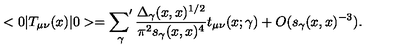
< 0 | T _ { \mu \nu } ( x ) | 0 > = \mathop { { \sum } ^ { \prime } } _ { \gamma } { \frac { \Delta _ { \gamma } ( x , x ) ^ { 1 / 2 } } { \pi ^ { 2 } s _ { \gamma } ( x , x ) ^ { 4 } } } t _ { \mu \nu } ( x ; \gamma ) + O ( s _ { \gamma } ( x , x ) ^ { - 3 } ) .